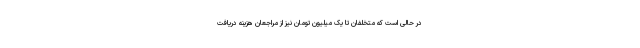
در حالی است که متخلفان تا یک میلیون تومان نیز از مراجعان هزینه دریافت